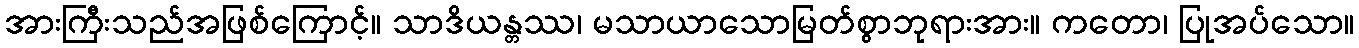
အားကြီးသည်အဖြစ်ကြောင့်။ သာဒိယန္တဿ၊ မသာယာသောမြတ်စွာဘုရားအား။ ကတော၊ ပြုအပ်သော။